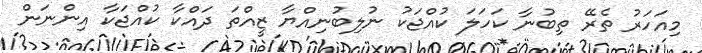
މިއަހަރު ތެރޭ ތިބުނާ ކަހަލަ ކުއްޖަކު ނުލިބުނިއްޔާ ޒީއްތަ ދައްކާ ކުއްޖަކާ އިންނަން